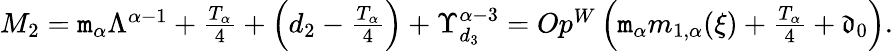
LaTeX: \begin{array}{r}{M_{2}=\mathtt{m}_{\alpha}\Lambda^{\alpha-1}+\frac{T_{\alpha}}{4}+\left(d_{2}-\frac{T_{\alpha}}{4}\right)+\Upsilon_{d_{3}}^{\alpha-3}=Op^{W}\left(\mathtt{m}_{\alpha}m_{1,\alpha}(\xi)+\frac{T_{\alpha}}4+\mathfrak{d}_{0}\right).}\end{array}